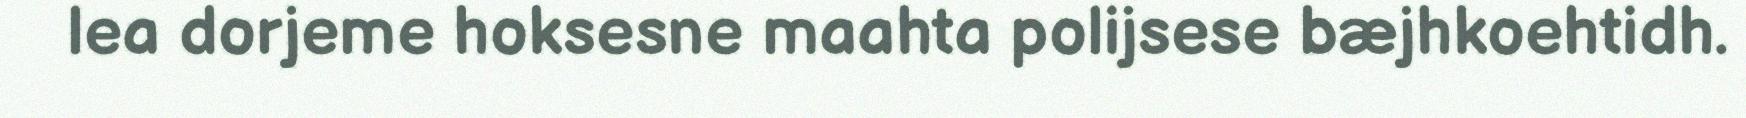
lea dorjeme hoksesne maahta polijsese bæjhkoehtidh.